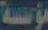
مؤسسة